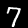
Label: 7